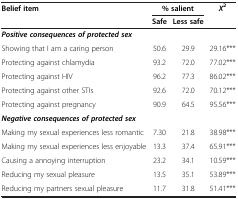
<table><thead><tr><td rowspan="2"><b>Belief item</b></td><td colspan="2"><b>% salient</b></td><td rowspan="2"><b><i>X</i><sup>2</sup></b></td></tr><tr><td><b>Safe</b></td><td><b>Less safe</b></td></tr></thead><tbody><tr><td><b><i>Positive consequences of protected sex</i></b></td><td> </td><td> </td><td> </td></tr><tr><td>Showing that I am a caring person</td><td>50.6</td><td>29.9</td><td>29.16***</td></tr><tr><td>Protecting against chlamydia</td><td>93.2</td><td>72.0</td><td>77.02***</td></tr><tr><td>Protecting against HIV</td><td>96.2</td><td>77.3</td><td>86.02***</td></tr><tr><td>Protecting against other STIs</td><td>92.6</td><td>72.0</td><td>70.12***</td></tr><tr><td>Protecting against pregnancy</td><td>90.9</td><td>64.5</td><td>95.56***</td></tr><tr><td><b><i>Negative consequences of protected sex</i></b></td><td> </td><td> </td><td> </td></tr><tr><td>Making my sexual experiences less romantic</td><td>7.30</td><td>21.8</td><td>38.98***</td></tr><tr><td>Making my sexual experiences less enjoyable</td><td>13.3</td><td>37.4</td><td>65.91***</td></tr><tr><td>Causing a annoying interruption</td><td>23.2</td><td>34.1</td><td>10.59***</td></tr><tr><td>Reducing my sexual pleasure</td><td>13.5</td><td>35.1</td><td>53.89***</td></tr><tr><td>Reducing my partners sexual pleasure</td><td>11.7</td><td>31.8</td><td>51.41***</td></tr></tbody></table>